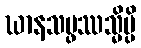
ဃာနသမ္ဖဿသ္မိမ္ပိ